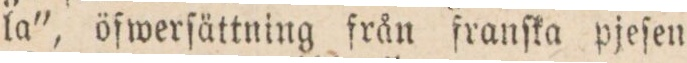
la”, öſwerſättning från franſka pjeſen